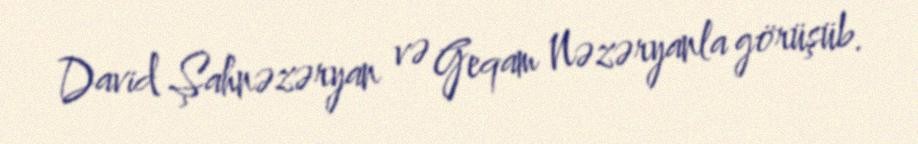
David Şahnəzəryan və Geqam Nəzəryanla görüşüb.